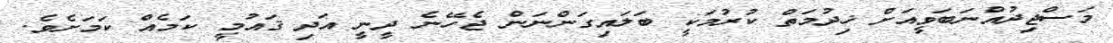
މަސްޖިދުއްނަބަވީއަށް ޚިދުމަތް ކުރުމަކީ ބަލައިގަންނަން ޖެހޭނެ ދީނީ އަދި ޤައުމީ ކަމެއް ކަމަށެވެ.